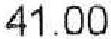
41.00